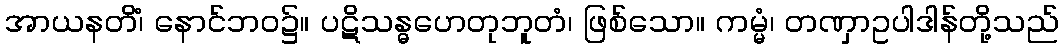
အာယနတိံ၊ နောင်ဘဝ၌။ ပဋိသန္ဓဟေတုဘူတံ၊ ဖြစ်သော။ ကမ္မံ၊ တဏှာဥပါဒါန်တို့သည်